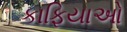
કાફિયાઓ